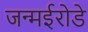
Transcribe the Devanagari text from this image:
जन्मईरोडे